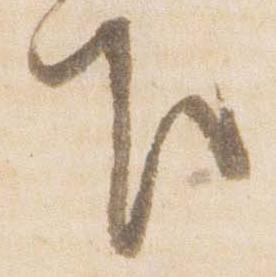
下